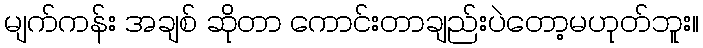
မျက်ကန်း အချစ် ဆိုတာ ကောင်းတာချည်းပဲတော့မဟုတ်ဘူး။